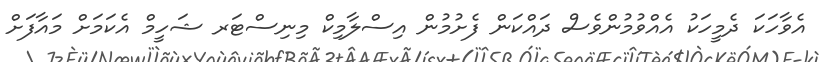
އެވާހަކަ ދެމީހަކު އެއްވުމުންވެސް ދައްކަން ފެށުމުން އިސްލާމިކް މިނިސްޓަރ ޝަހީމް އެކަމަށް މައާފަށް